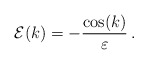
\begin{align*} {\cal E}(k)= -\frac{\cos(k)}{\varepsilon}\, .\end{align*}